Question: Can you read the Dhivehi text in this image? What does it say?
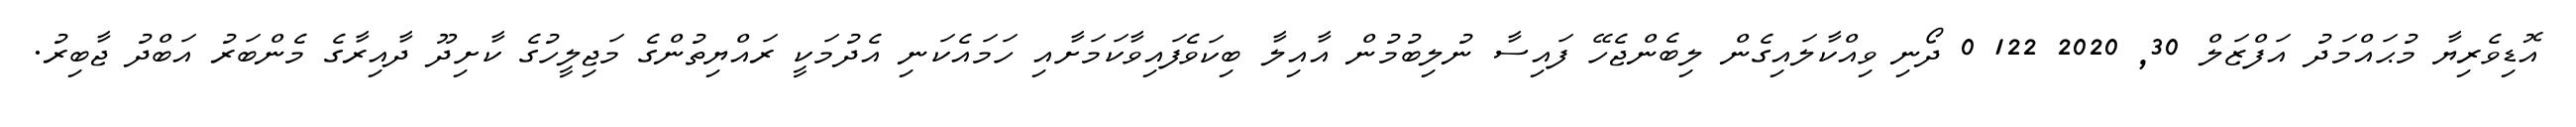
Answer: އޮޑިވެރިޔާ މުޙައްމަދު އަފްޒަލް 30, 2020 122 0 ދޯނި ވިއްކާލައިގެން ލިބެންޖެހޭ ފައިސާ ނުލިބުމުން އާއިލާ ބިކަވެފައިވާކަމަށާއި ހަމައެކަނި އެދުމަކީ ރައްޔިތުންގެ މަޖިލީހުގެ ކާށިދޫ ދާއިރާގެ މެންބަރު އަބްދު ޖާބިރު.